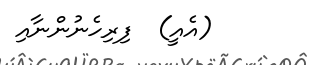
(އެއީ)  ފިރިހެނުންނާއި